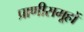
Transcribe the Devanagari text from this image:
प्राणीसमूहों